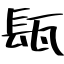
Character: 瓺